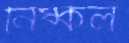
নিষ্কল